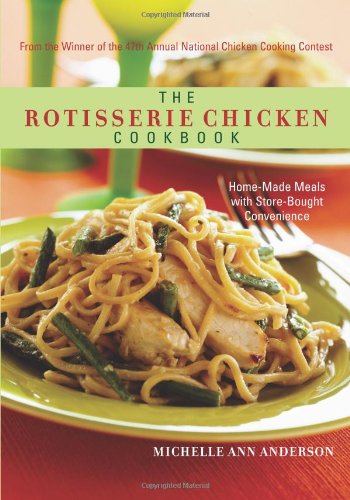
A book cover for The Rotisserie Chicken Cookbook: Home-Made Meals with Store-Bought Convenience; Michelle Ann Anderson; Cookbooks, Food & Wine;